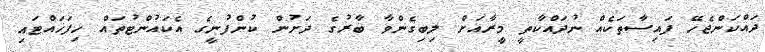
ދައްކަންޖެހޭ ފައިސާތަކެއް ނުދައްކާތީ މީރާއަށް ލިބިގެންވާ ބާރުގެ ދަށުން ކުންފުނީގެ އެކައުންޓުތައް ހިފަހައްޓައި